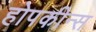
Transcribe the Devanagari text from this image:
होपकीन्स